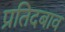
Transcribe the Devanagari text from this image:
प्रतिदबाव